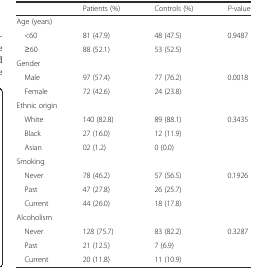
|  | Patients (%) | Controls (%) | P-value |
 | --- | --- | --- | --- |
 | <COLSPAN=4> Age (years) |
 | <60 | 81 (47.9) | 48 (47.5) | <ROWSPAN=2> 0.9487 |
 | ≥60 | 88 (52.1) | 53 (52.5) |
 | <COLSPAN=4> Gender |
 | Male | 97 (57.4) | 77 (76.2) | <ROWSPAN=2> 0.0018 |
 | Female | 72 (42.6) | 24 (23.8) |
 | <COLSPAN=4> Ethnic origin |
 | White | 140 (82.8) | 89 (88.1) | <ROWSPAN=3> 0.3435 |
 | Black | 27 (16.0) | 12 (11.9) |
 | Asian | 02 (1.2) | 0 (0.0) |
 | <COLSPAN=4> Smoking |
 | Never | 78 (46.2) | 57 (56.5) | <ROWSPAN=3> 0.1926 |
 | Past | 47 (27.8) | 26 (25.7) |
 | Current | 44 (26.0) | 18 (17.8) |
 | <COLSPAN=4> Alcoholism |
 | Never | 128 (75.7) | 83 (82.2) | <ROWSPAN=3> 0.3287 |
 | Past | 21 (12.5) | 7 (6.9) |
 | Current | 20 (11.8) | 11 (10.9) |